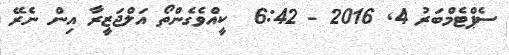
ސެޕްޓެމްބަރު 4